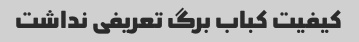
کیفیت کباب برگ تعریفی نداشت